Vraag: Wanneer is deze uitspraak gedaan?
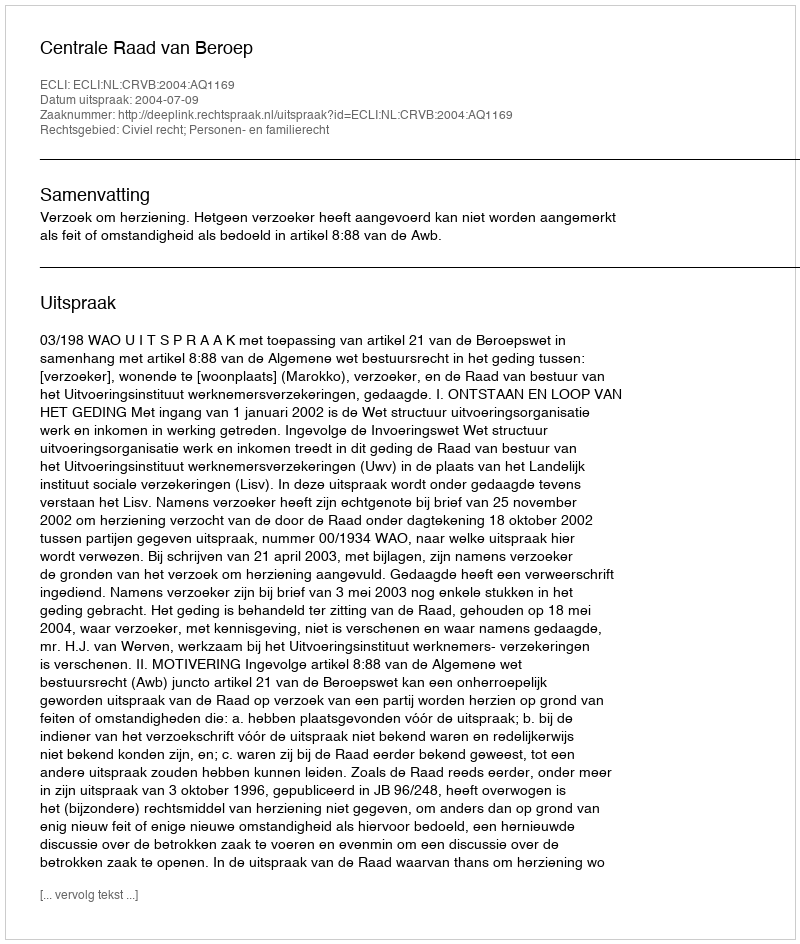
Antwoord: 2004-07-09